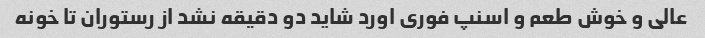
عالی و خوش طعم و اسنپ فوری اورد شاید دو دقیقه نشد از رستوران تا خونه